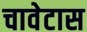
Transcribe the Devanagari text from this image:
चावेटास